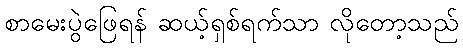
စာမေးပွဲဖြေရန် ဆယ့်ရှစ်ရက်သာ လိုတော့သည်